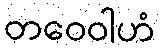
တဝေဝါဟံ